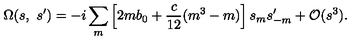
\Omega ( s , \ s ^ { \prime } ) = - i \sum _ { m } \left[ 2 m b _ { 0 } + \frac { c } { 1 2 } ( m ^ { 3 } - m ) \right] s _ { m } s _ { - m } ^ { \prime } + { \cal O } ( s ^ { 3 } ) .